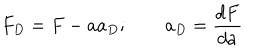
F _ { D } = F - a a _ { D } ; \qquad a _ { D } = \frac { d F } { d a }